38_143685_box_Incident_Summaries_101-172
Agency: Department of War
Page 67
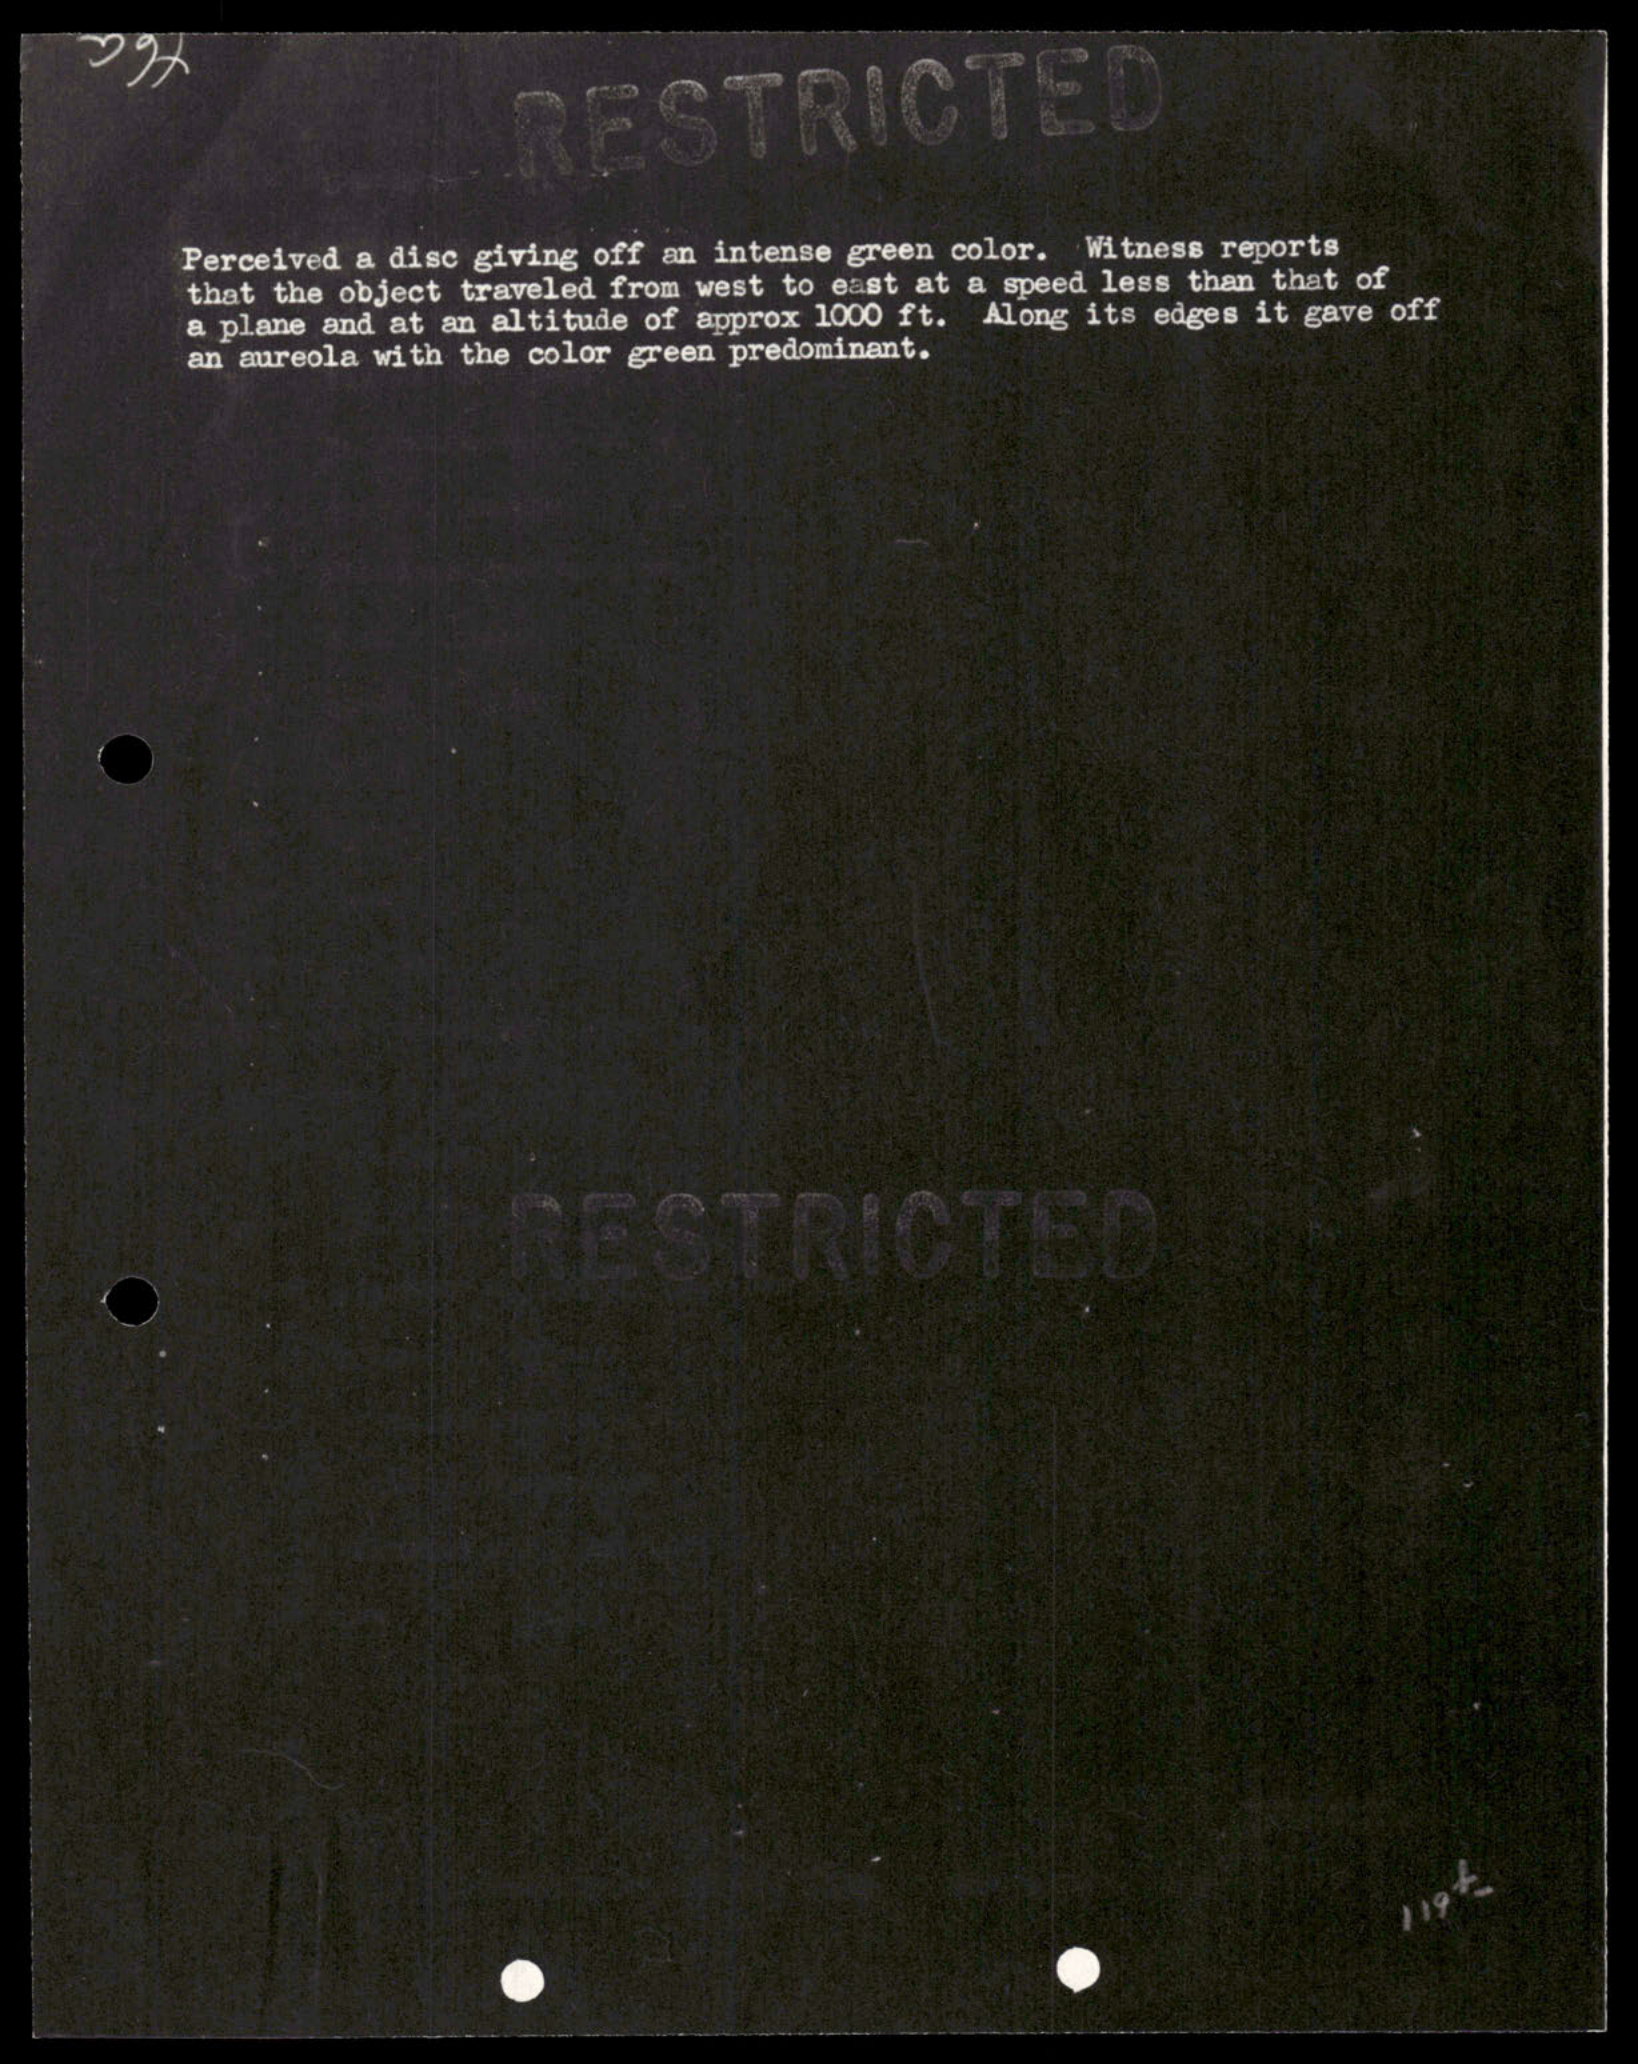